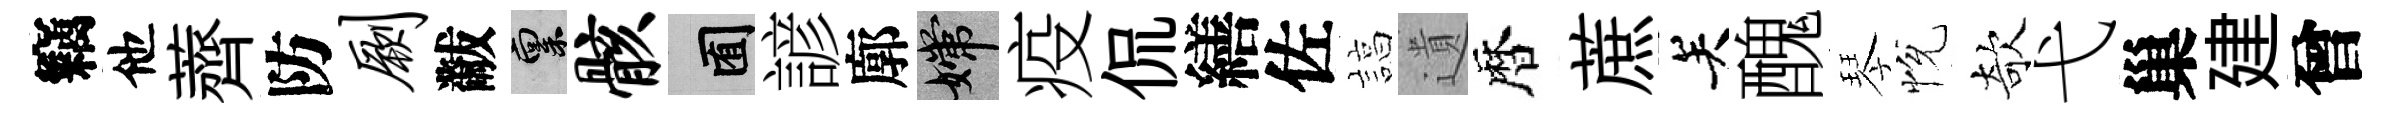
竊他薺防劂黻禀骸囿諺廓嫦疫侃繕佐諄遺暦蔗关醜琴恱欹弋巢建曾